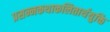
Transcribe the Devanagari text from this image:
प्रसन्नकथाकलितार्थयुक्ति